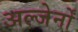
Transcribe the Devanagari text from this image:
अल्जेर्नों